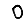
Digit: 0